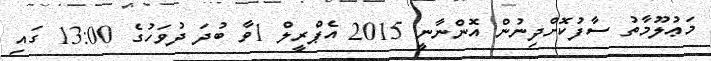
މަޢުލޫމާތު ސާފުކޮށްދިނުން އޮންނާނީ 2015 އެޕްރީލް 1ވާ ބުދަ ދުވަހުގެ 13:00 ގައި